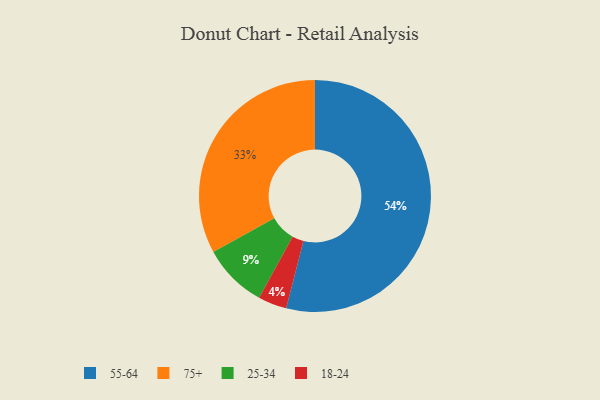
{"axis": {"x": "Category", "y": "Percentage"}, "legend": ["18-24", "25-34", "55-64", "75+"], "data": [{"x": "75+", "y": 33, "type": "75+"}, {"x": "55-64", "y": 54, "type": "55-64"}, {"x": "18-24", "y": 4, "type": "18-24"}, {"x": "25-34", "y": 9, "type": "25-34"}]}